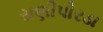
રાણીપોરડા